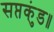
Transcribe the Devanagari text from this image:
सप्तकुंड॥